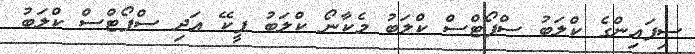
ސިފައިންގެ ކްލަބު ސްޕޯޓްސް ކްލަބު މެކާނޯ ކްލަބު ޕީކޭ އަދި ސްޕޯޓްސް ކްލަބު